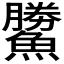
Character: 𩻷